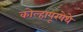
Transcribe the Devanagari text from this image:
कोल्हापूरयेथे